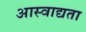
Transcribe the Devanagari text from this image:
आस्वाद्यता